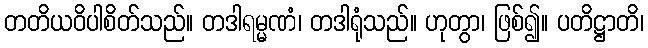
တတိယဝိပါစိတ်သည်။ တဒါရမ္မဏံ၊ တဒါရုံသည်။ ဟုတွာ၊ ဖြစ်၍။ ပတိဋ္ဌာတိ၊